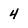
Character: 4